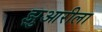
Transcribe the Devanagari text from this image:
झुआरीला